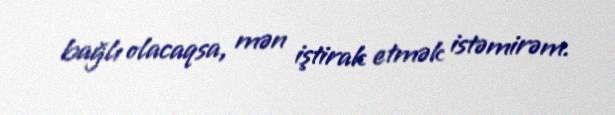
bağlı olacaqsa, mən iştirak etmək istəmirəm.